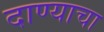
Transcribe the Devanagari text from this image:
दाण्याचा